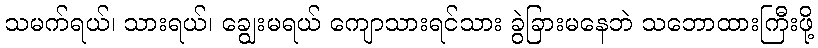
သမက်ရယ်၊ သားရယ်၊ ချွေးမရယ် ကျောသားရင်သား ခွဲခြားမနေဘဲ သဘောထားကြီးဖို့